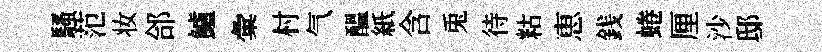
騷范妆郃鱸彙村气醖紙含兎待䊀恵銭蜷厘沙邸